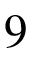
9